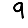
Digit: 9